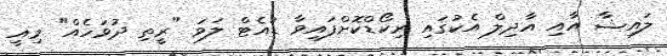
ލައިޝާ އާއި އާދިލް އެކުގައި ރިކޯޑްކޮށްފައިވާ ޑުއެޓް ލަވަ "ރީތި ދުވަހެއް" މިއީ